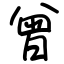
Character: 曾